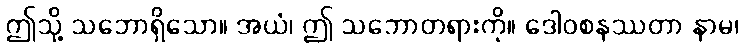
ဤသို့ သဘောရှိသော။ အယံ၊ ဤ သဘောတရားကို။ ဒေါဝစနဿတာ နာမ၊